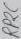
Text: RP2C